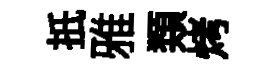
扺雅𩔖烤